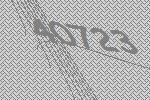
40723